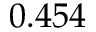
0 . 4 5 4